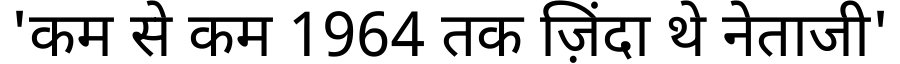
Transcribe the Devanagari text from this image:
'कम से कम 1964 तक ज़िंदा थे नेताजी'